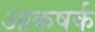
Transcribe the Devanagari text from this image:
आकषर्क